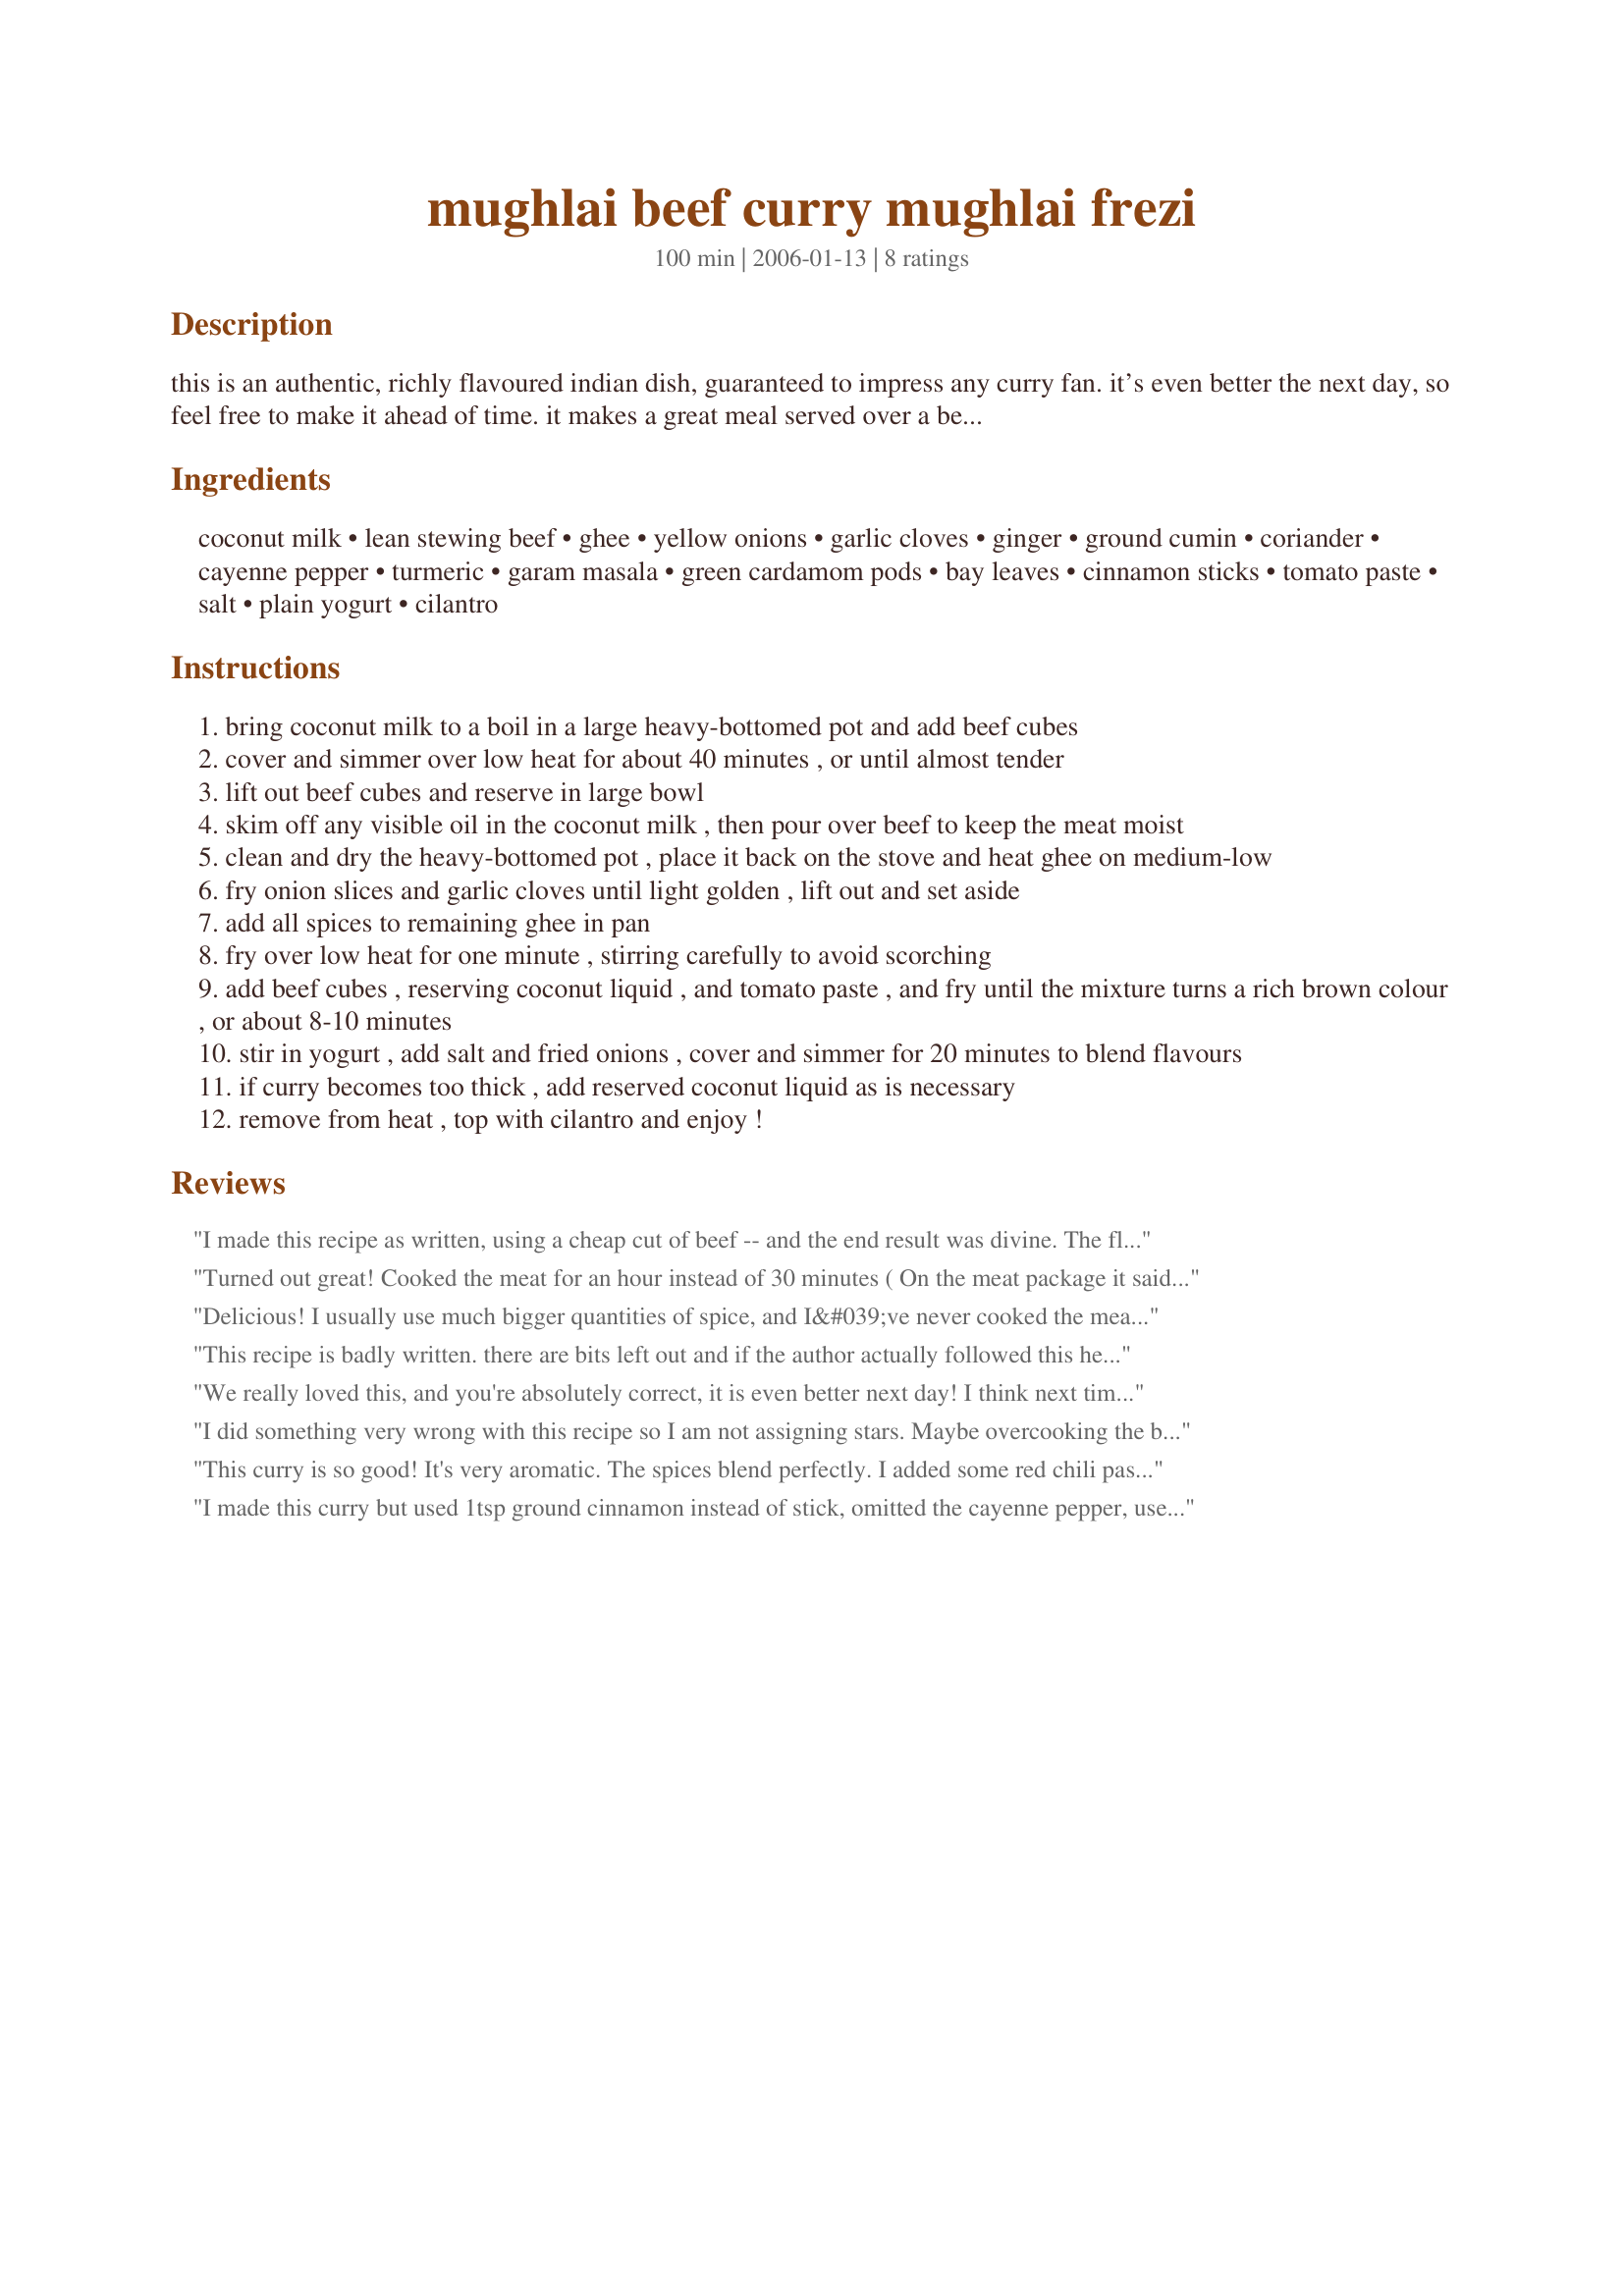
mughlai beef curry mughlai frezi
Preparation time: 100 minutes

this is an authentic, richly flavoured indian dish, guaranteed to impress any curry fan. it’s even better the next day, so feel free to make it ahead of time. it makes a great meal served over a bed of rice and accompanied by a vegetarian curry or two. it’s also wonderful with fresh baked naan bread (i recommend recipe #56245). modified from pranati sen gupta’s “the art of indian cuisine”.

important: please take into consideration that this recipe was designed for tenderizing tough, lean cuts of beef (e.g. outside round, and other stewing cuts). if using a more tender cut, you must reduce the simmering time accordingly. for example, for sirloin steak, you should simmer the meat in the coconut milk for no more than 15 minutes.

Ingredients:
coconut milk, lean stewing beef, ghee, yellow onions, garlic cloves, ginger, ground cumin, coriander, cayenne pepper, turmeric, garam masala, green cardamom pods, bay leaves, cinnamon sticks, tomato paste, salt, plain yogurt, cilantro

Steps:
bring coconut milk to a boil in a large heavy-bottomed pot and add beef cubes
cover and simmer over low heat for about 40 minutes , or until almost tender
lift out beef cubes and reserve in large bowl
skim off any visible oil in the coconut milk , then pour over beef to keep the meat moist
clean and dry the heavy-bottomed pot , place it back on the stove and heat ghee on medium-low
fry onion slices and garlic cloves until light golden , lift out and set aside
add all spices to remaining ghee in pan
fry over low heat for one minute , stirring carefully to avoid scorching
add beef cubes , reserving coconut liquid , and tomato paste , and fry until the mixture turns a rich brown colour , or about 8-10 minutes
stir in yogurt , add salt and fried onions , cover and simmer for 20 minutes to blend flavours
if curry becomes too thick , add reserved coconut liquid as is necessary
remove from heat , top with cilantro and enjoy !

Reviews:
I made this recipe as written, using a cheap cut of beef -- and the end result was divine. The flavours are superb, and the heat level is perfect. We love sauce so added most of the coconut milk back to the mixture about 5 minutes after the yogurt, salt and onions went in. We served the curry with rice and riata. Thank you, Wisent, for a recipe I will use over and over and over again. Made and thoroughly enjoyed for the Asian Forum's Beef Curry Tag Game.
Turned out great! Cooked the meat for an hour instead of 30 minutes ( On the meat package it said cook for 1 hour 30 minutes so that's what I did ( in total )). I didn't have any cinnamon sticks so I used crushed cinnamon ( 1/4 tbsp ) Even my brother (18) who never ate rice/curry before ( he never liked it ) loved it :)
Delicious! I usually use much bigger quantities of spice, and I&#039;ve never cooked the meat in coconut milk and then added yoghurt. But it worked, and wonderfully. The sauce is thick and creamy and not at all yoghurty. &lt;br/&gt;&lt;br/&gt;The only thing I did differently from the recipe was that I cooked the beef in the coconut milk a couple days before finishing it all off (my dinner guest postponed), and after finishing let it sit quite a while on the lowest heat (my guest was late). And I used the coconut milk leftover to make the rice.
This recipe is badly written. there are bits left out and if the author actually followed this he would find the same. I have been cooking and writing about Indian food for over 30yrs I lived in Goa and Kerala for a few years so I have a good knowledge of Indian cuisine. So to the author if you don re-write this properly I'll have to because this is annoying me badly
We really loved this, and you're absolutely correct, it is even better next day! I think next time I make it I will add less cayenne, though because my fiancee is sensitive to that. The beef was tender and delicious (I used pre-cut and tenderized stew beef). I also used whipping cream instead of yogurt, just because I'm not a huge fan of that yogurt tang thingy. Anyway, thanks so much for this fantastic recipe. I will make it over and over!
I did something very wrong with this recipe so I am not assigning stars. Maybe overcooking the beef in the coconut milk??? I started with cubed sirloin and had mush when finished. I still had cubes of beef until the frying & simmering stages. I did follow the ingredient list list exactly. The flavor was okay, but we couldn't get past the texture. Sorry. :-(
This curry is so good! It's very aromatic. The spices blend perfectly. I added some red chili paste and also tried an Indian chapati recipe for the first time. I'm in a curry frenzy lately, and this Mughlai Beef made me happy :)
I made this curry but used 1tsp ground cinnamon instead of stick, omitted the cayenne pepper, used beef porterhouse steaks (simmered for 15 mins) and used coconut cream instead of milk. I added all the coconut cream at the end. Have to say this worked out great and really enjoyed the curry - not too hot for me and lovely and saucy. Thanks!!!
